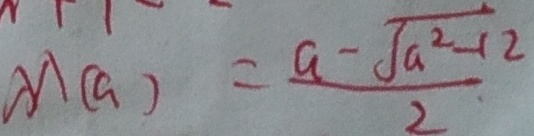
M ( a ) = \frac { a - \sqrt { a ^ { 2 } - 1 2 } } { 2 }